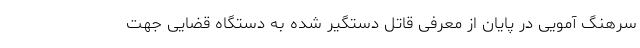
سرهنگ آمویی در پایان از معرفی قاتل دستگیر شده به دستگاه قضایی جهت